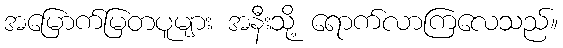
အမြောက်မြတပူများ အနီးသို့ ရောက်လာကြလေသည်။